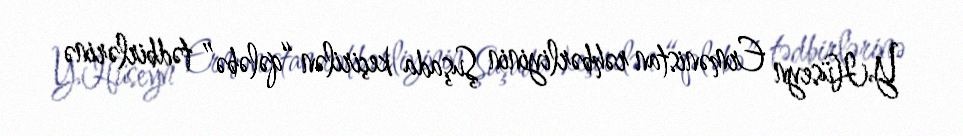
Y.Hüseyn Ermənistan rəhbərliyinin Şuşada keçirilən “qələbə” tədbirlərinə